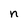
Character: n